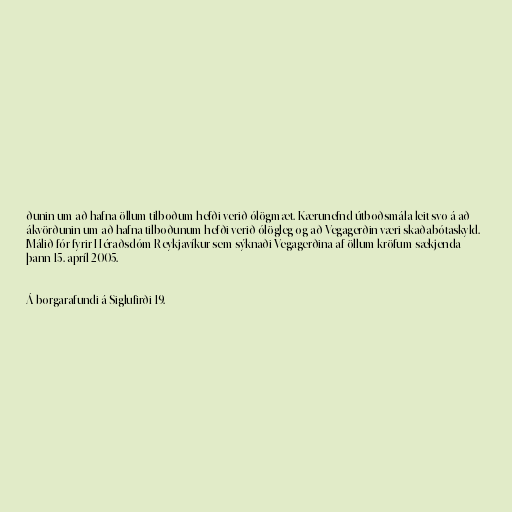
ðunin um að hafna öllum tilboðum hefði verið ólögmæt. Kærunefnd útboðsmála leit svo á að
ákvörðunin um að hafna tilboðunum hefði verið ólögleg og að Vegagerðin væri skaðabótaskyld.
Málið fór fyrir Héraðsdóm Reykjavíkur sem sýknaði Vegagerðina af öllum kröfum sækjenda
þann 15. apríl 2005.

Á borgarafundi á Siglufirði 19.